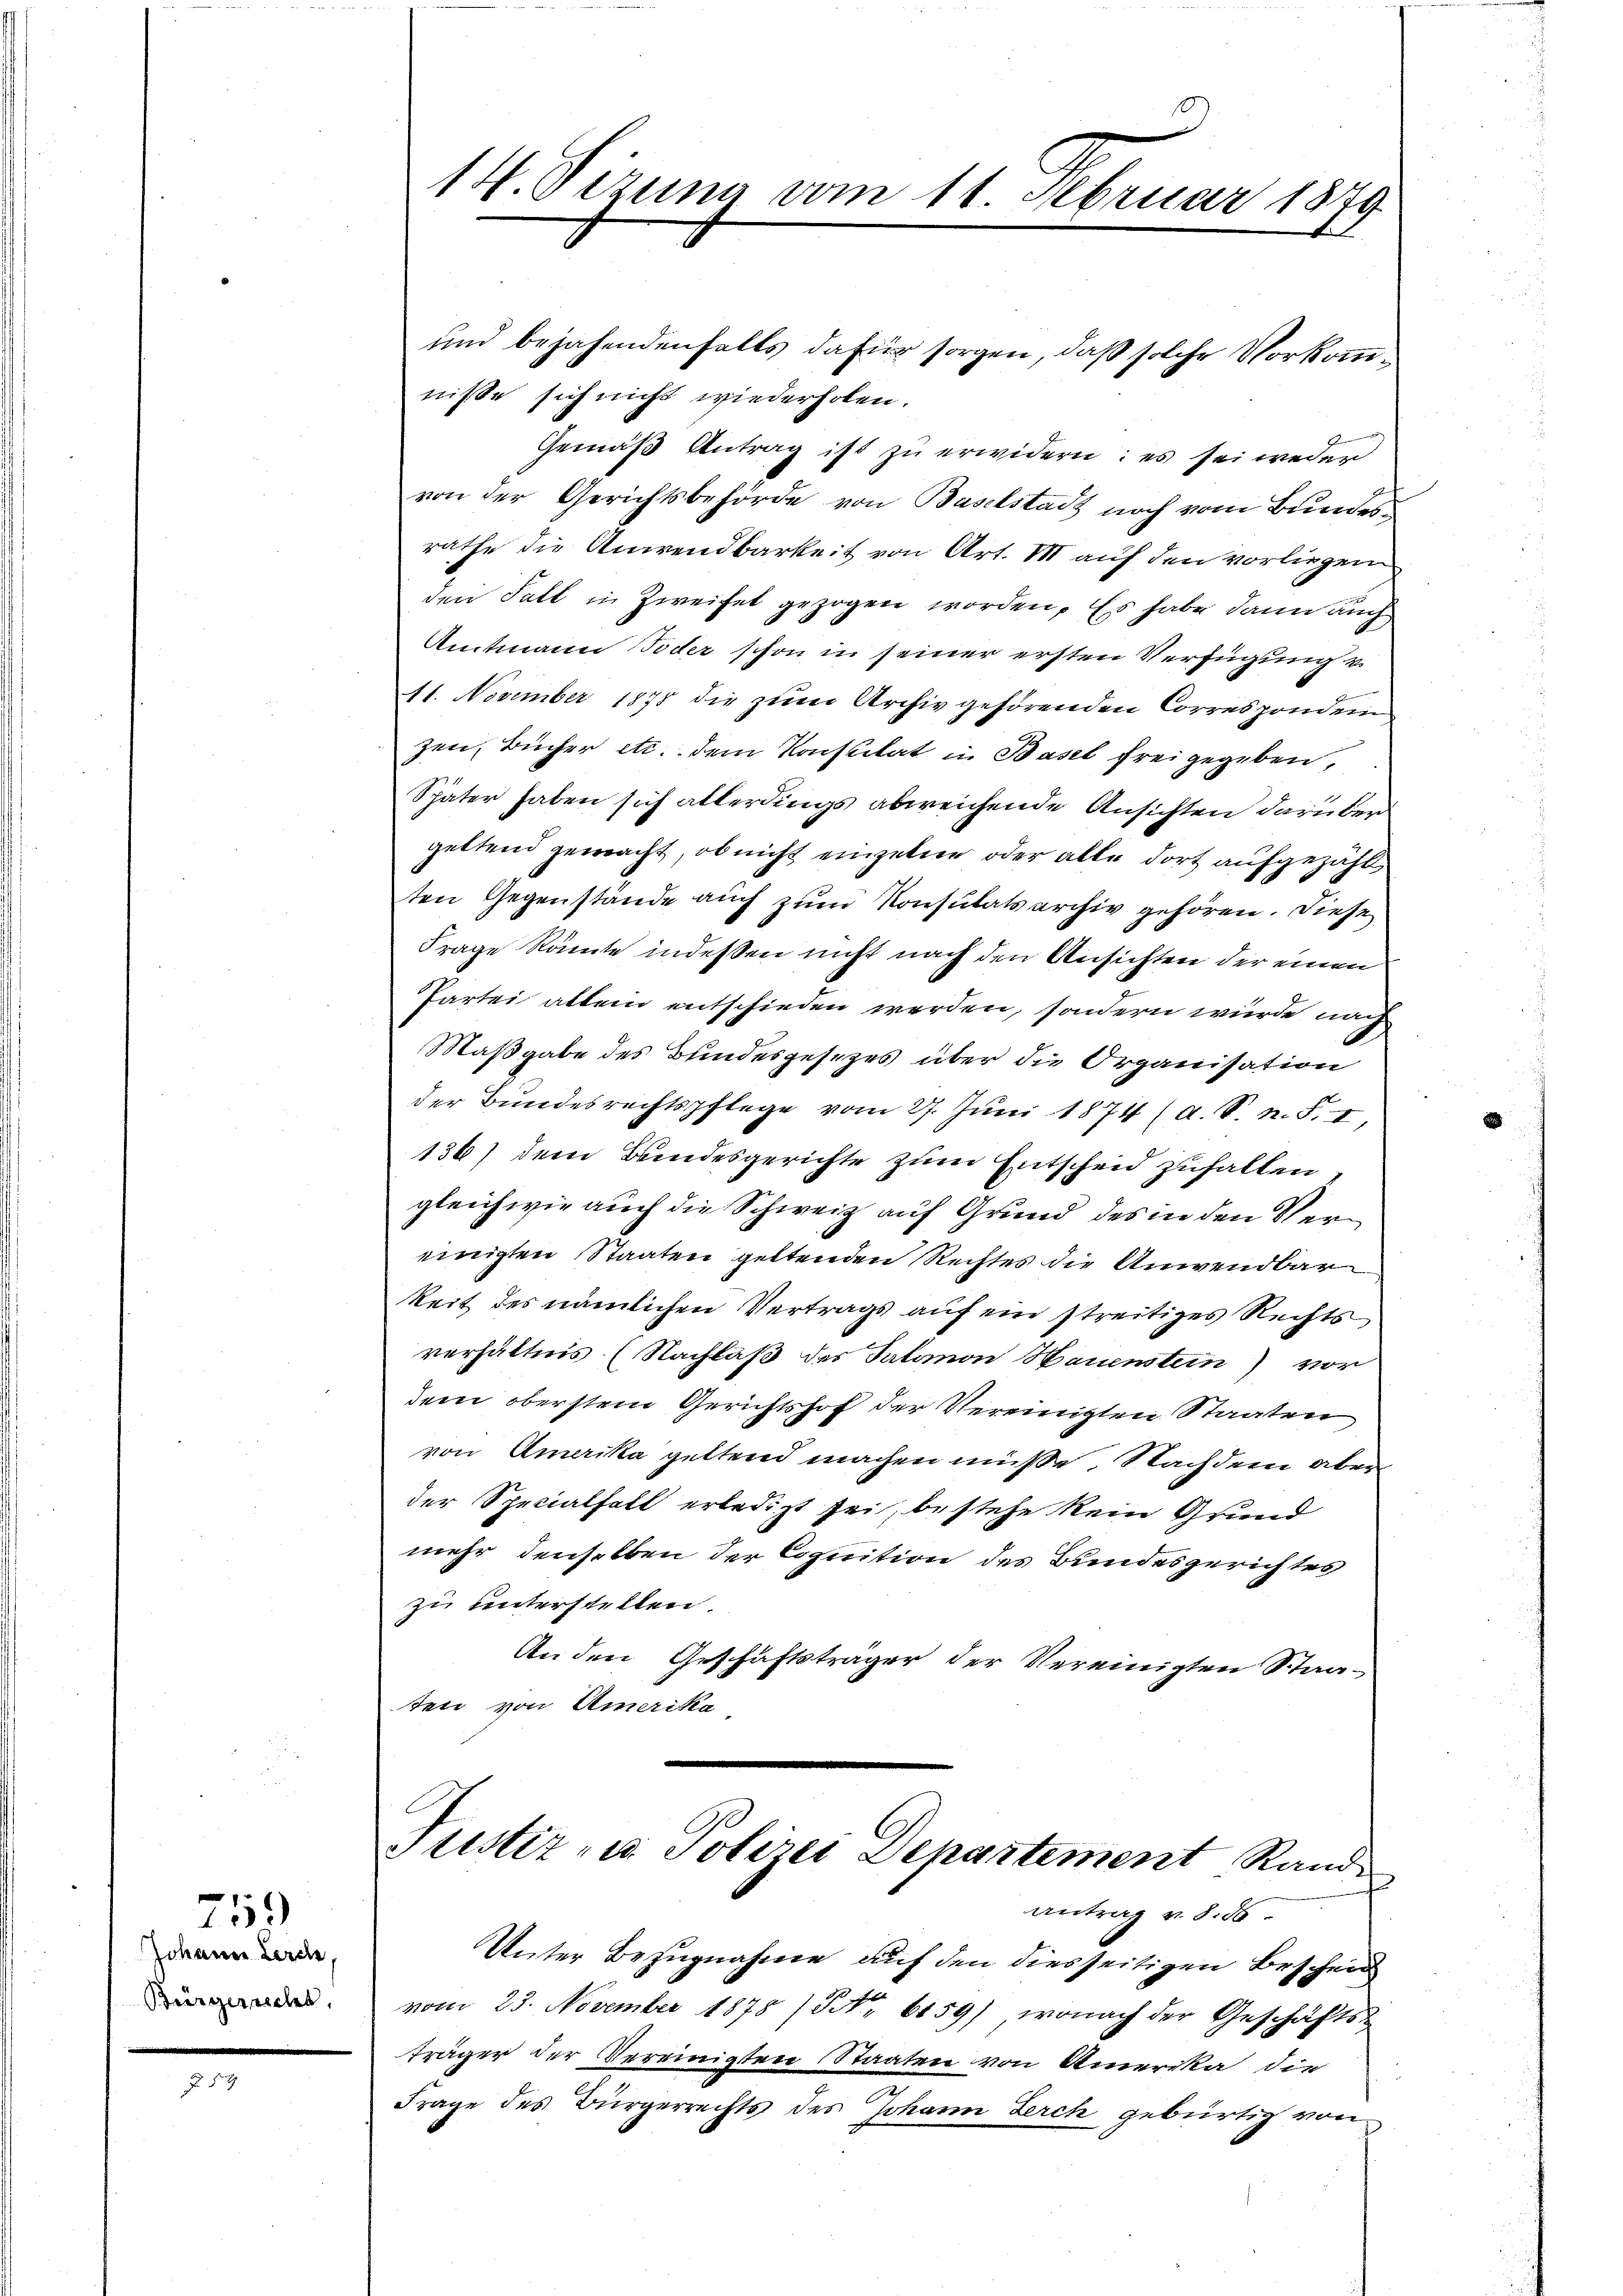
Johann Lerch,
Bürgericht,

759

und bejahendenfalls dafür sorgen, daß solche Vorkommniße sich nicht wiederholen.
Gemäß Antrag ist zu erwidern: es sei weder
von der Gerichtsbehörde von Baselstadt noch vom Bundesrathe die Anwendbarkeit von Art. I auf den vorliegen
den Fall in Zweifel gezogen worden. Es habe dann auch
Amtmann Toder schon in seiner ersten Verfügung v.
11. November 1875 die zum Archiv gehörenden Corresponden
zen, Bücher etc. dem Konstitat in Basel frei gegeben,
Später haben sich allerdings abweichende Ansichten darüber
geltend gewacht, ob nicht einzelne oder alle dort aufgezähl
ten Gegenstände auch zum Konsulatsarchiv gehören. Diese
Frage könnte indessen nicht nach den Ansichten der einen
Partei alten entschieden werden, sondern würde nach
Maßgabe des Bundesgesezes über die Organisation
der Bundesrechtspflege vom 27. Juni 1874 (a. S. n. F. I,
136) dem Bundesgerichte zum Entscheid zuhalten,
gleichwie auch die Schweiz auf Grund des in den Vereinigten Staaten geltenden Rechtes die Anwendbar
keit des nämlichen Vertrags auf ein streitiges Rechts
verhältnis (Nachlaß des Salomon Hauenstein) vor
dem oberstem Gerichtshof der Vereinigten Staaten
von Amerika geltend machen müße. Nachdem aber
der Specialfall erledigt sei, bestehe kein Grund
mehr denselben der Cognition des Bundesgerichtes
zu unterstellen.
An den Geschäftsträger der Vereinigten Staaten von Amerika

14. Tizung vom 11. Februar 1879

Justiz- u. Polizei Departement Rande
Antrag v. 8. 56

Unter Bezugnahme auf den diesseitigen Bescheid
vom 23. November 1878 (S. 6159) wonach der Geschäfts-
träger der Vereinigten Staaten von Amerika die
Frage des Bürgerrechts des Johann Lerch gebürtig von